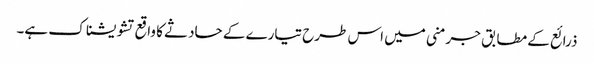
ذرائع کے مطابق جرمنی میں اس طرح تیارے کے حادثے کا واقع تشویشناک ہے۔